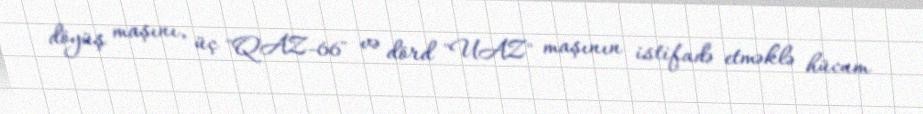
döyüş maşını, üç "QAZ-66" və dörd "UAZ" maşının istifadə etməklə hücum